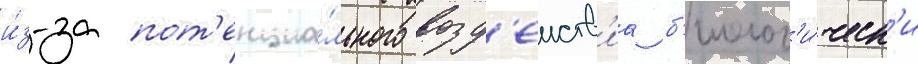
и́з-за пот'енциа́льного возд'еиств'иа б'иолог'и́ческ'и